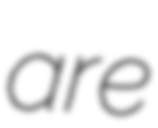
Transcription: are